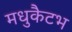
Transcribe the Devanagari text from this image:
मधुकैटभ